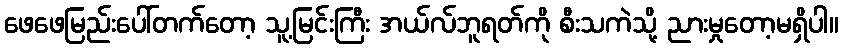
ဖေဖေမြည်းပေါ်တက်တော့ သူ့မြင်းကြီး အယ်လ်ဘူရတ်ကို စီးသကဲသို့ ညားမှုတော့မရှိပါ။